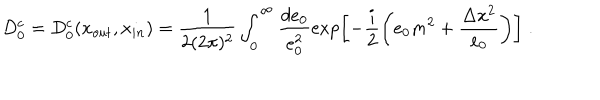
LaTeX: D _ { 0 } ^ { c } = D _ { 0 } ^ { c } ( x _ { o u t } , x _ { i n } ) = \frac { 1 } { 2 ( 2 \pi ) ^ { 2 } } \int _ { 0 } ^ { \infty } \frac { d e _ { 0 } } { e _ { 0 } ^ { 2 } } \exp \left[ - \frac { i } { 2 } \left( e _ { 0 } m ^ { 2 } + \frac { \Delta x ^ { 2 } } { e _ { 0 } } \right) \right] \; .